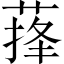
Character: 萚